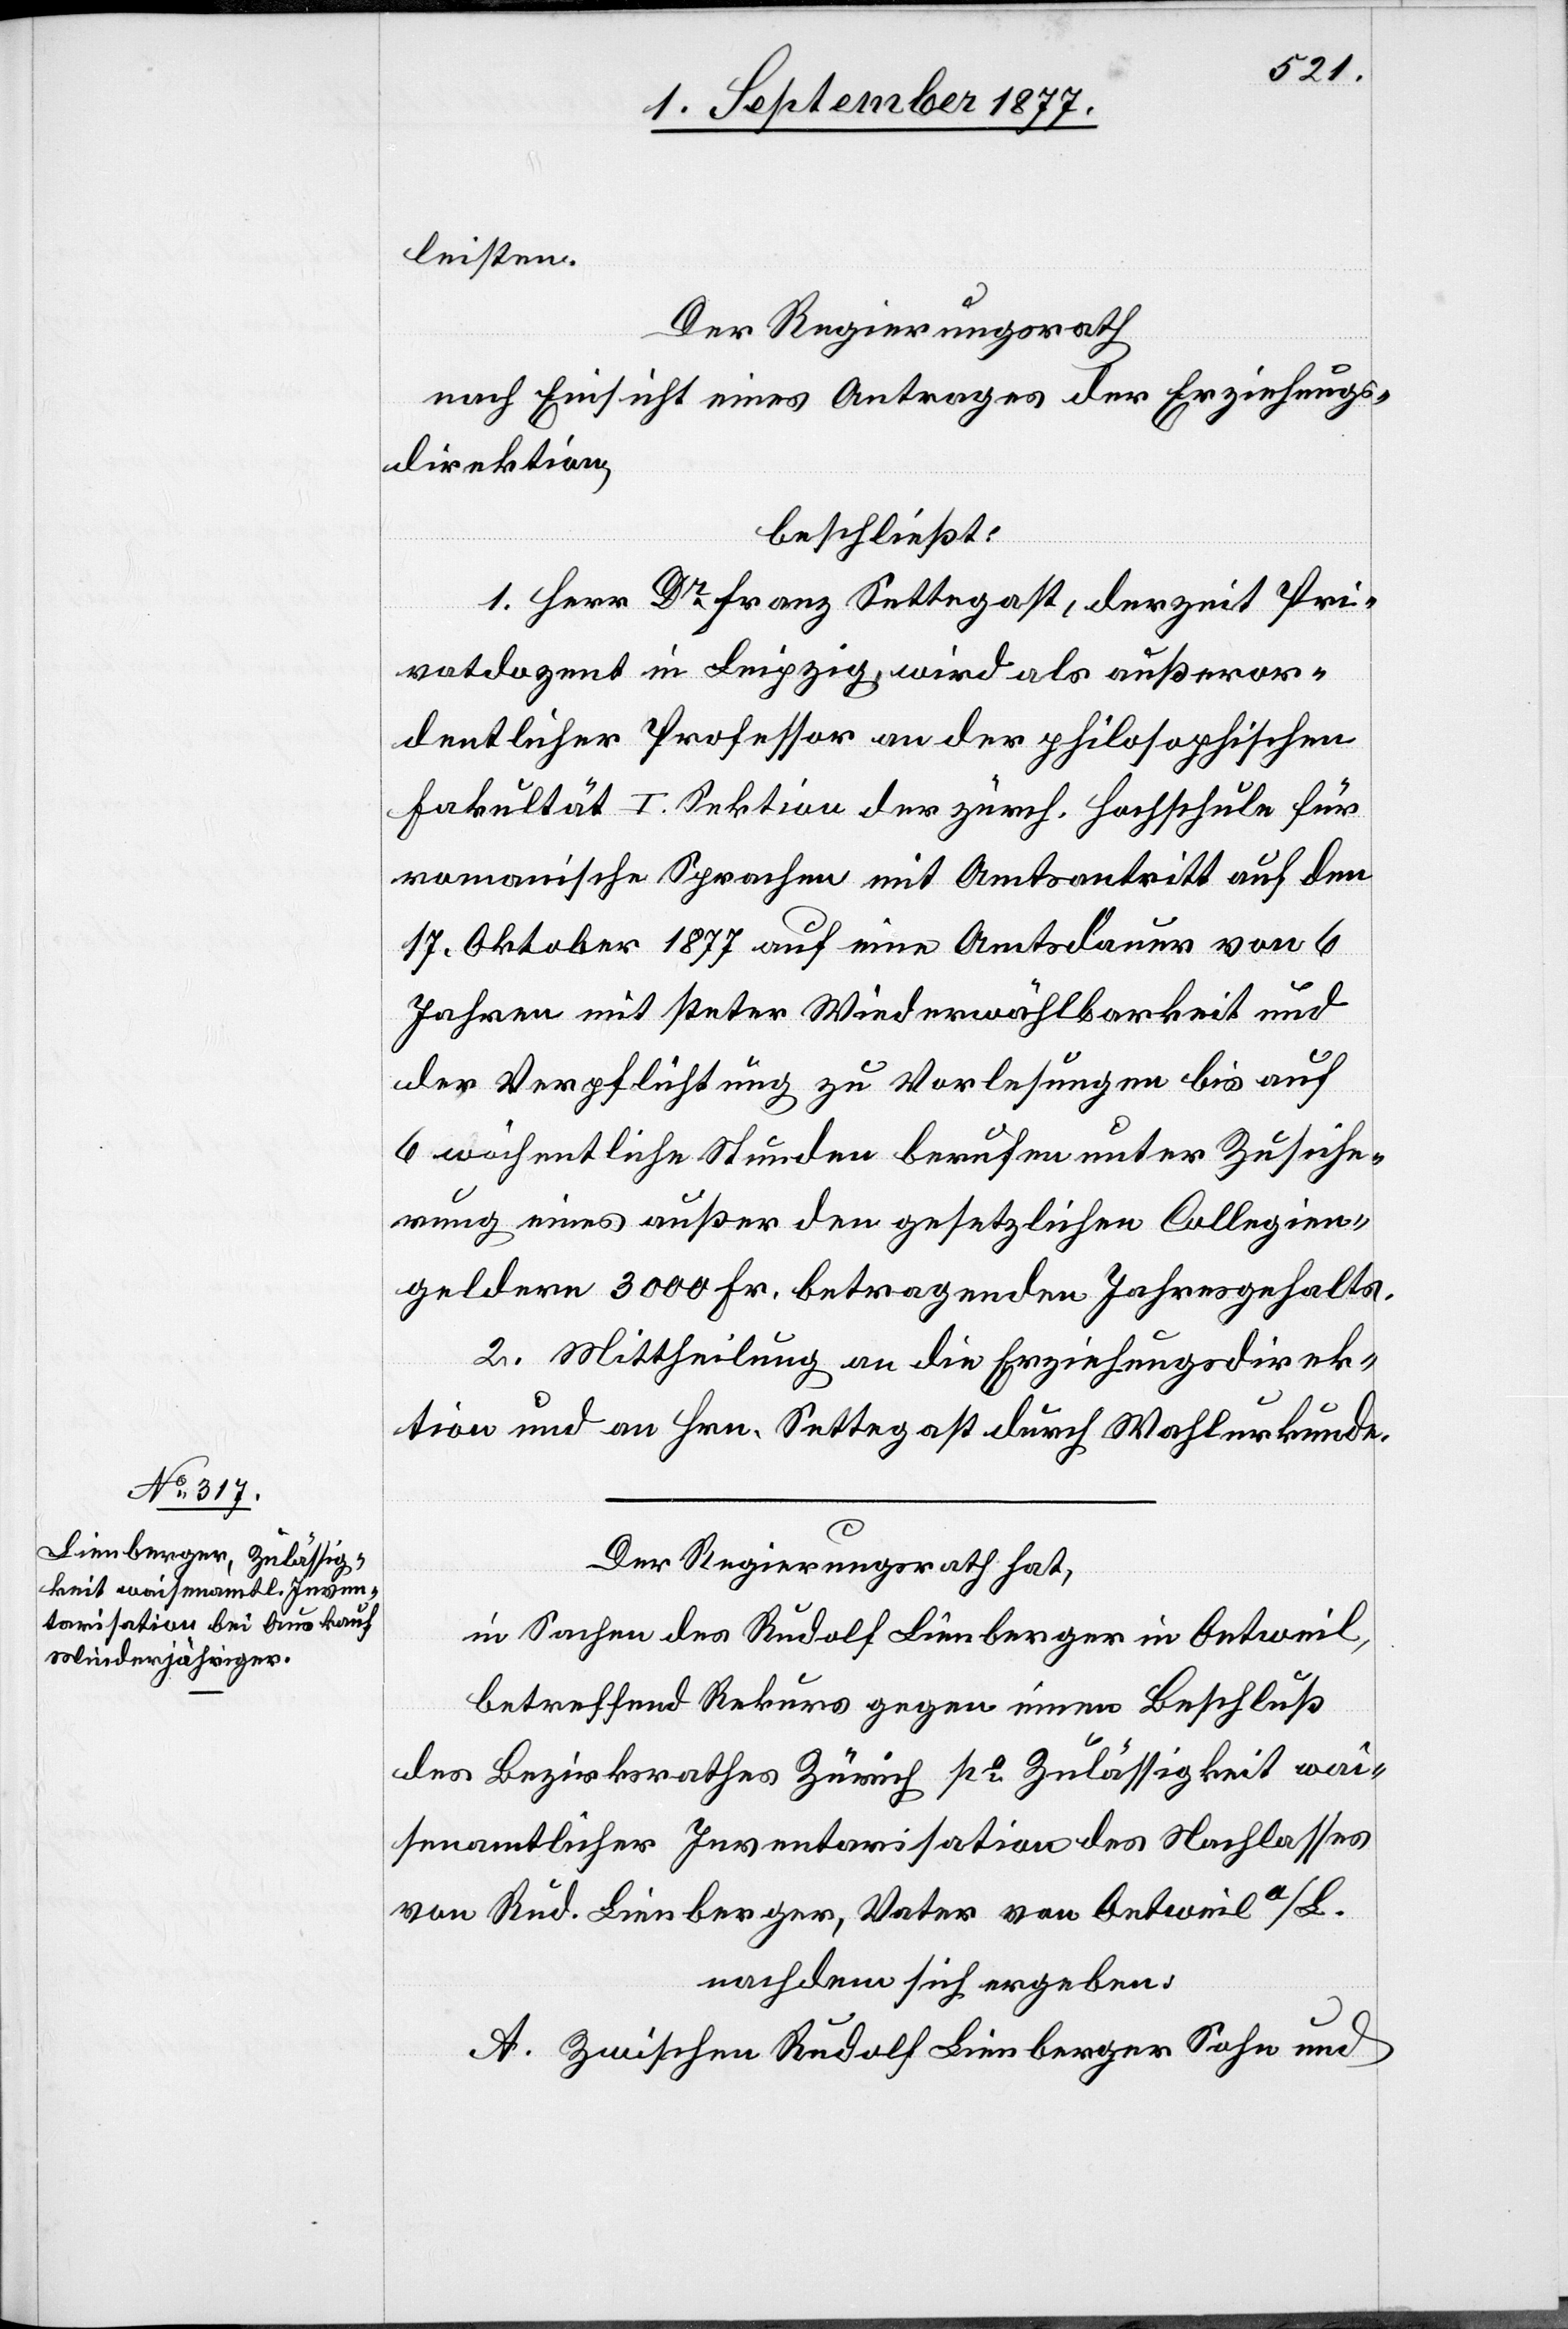
leisten.
Der Regierungsrath
nach Einsicht eines Antrages der Erziehungs¬
direktion,
beschließt:
1. Herr Dr Franz Settegast, derzeit Pri¬
vatdozent in Leipzig, wird als außeror¬
dentlicher Professor an der philosophischen
Fakultät I. Sektion der zürch. Hochschule für
romanische Sprachen mit Amtsantritt auf den
17. Oktober 1877 auf eine Amtsdauer von 6
Jahren mit steter Wiederwählbarkeit und
der Verpflichtung zu Vorlesungen bis auf
6 wöchentliche Stunden berufen unter Zusiche¬
rung eines außer den gesetzlichen Collegien¬
geldern 3000 Fr. betragenden Jahresgehalts.
2. Mittheilung an die Erziehungsdirek¬
tion und an Hrn. Settegast durch Wahlurkunde.